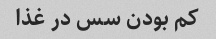
کم بودن سس در غذا